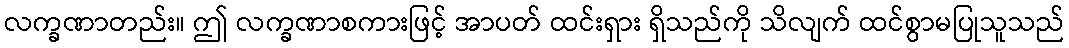
လက္ခဏာတည်း။ ဤ လက္ခဏာစကားဖြင့် အာပတ် ထင်းရှား ရှိသည်ကို သိလျက် ထင်စွာမပြုသူသည်